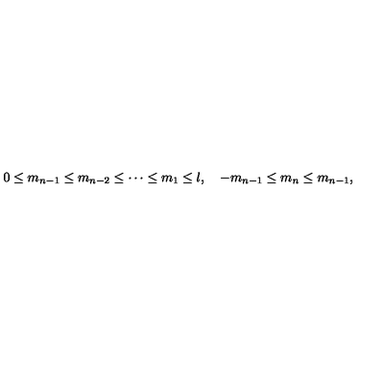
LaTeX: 0 \leq m _ { n - 1 } \leq m _ { n - 2 } \leq \cdots \leq m _ { 1 } \leq l , \quad - m _ { n - 1 } \leq m _ { n } \leq m _ { n - 1 } ,